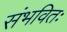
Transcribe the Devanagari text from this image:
संभवितः